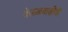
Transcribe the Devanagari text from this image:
देऊळवाडीची